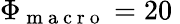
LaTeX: \Phi_{\mathrm{~m~a~c~r~o~}}=20\